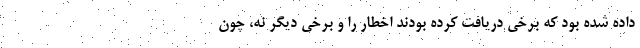
داده شده بود که برخی دریافت کرده بودند اخطار را و برخی دیگر نه، چون